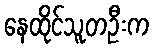
နေထိုင်သူတဦးက